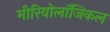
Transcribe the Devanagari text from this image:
मीरियोलॉजिकल